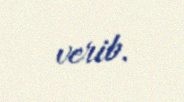
verib.